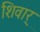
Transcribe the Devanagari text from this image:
शिवार्